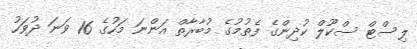
ލިސްޓް ސްކޫލް ކުދިންގެ ފެތުމުގެ މުބާރާތް އަންނަ މަހުގެ 16 ވަނަ ދުވަހު